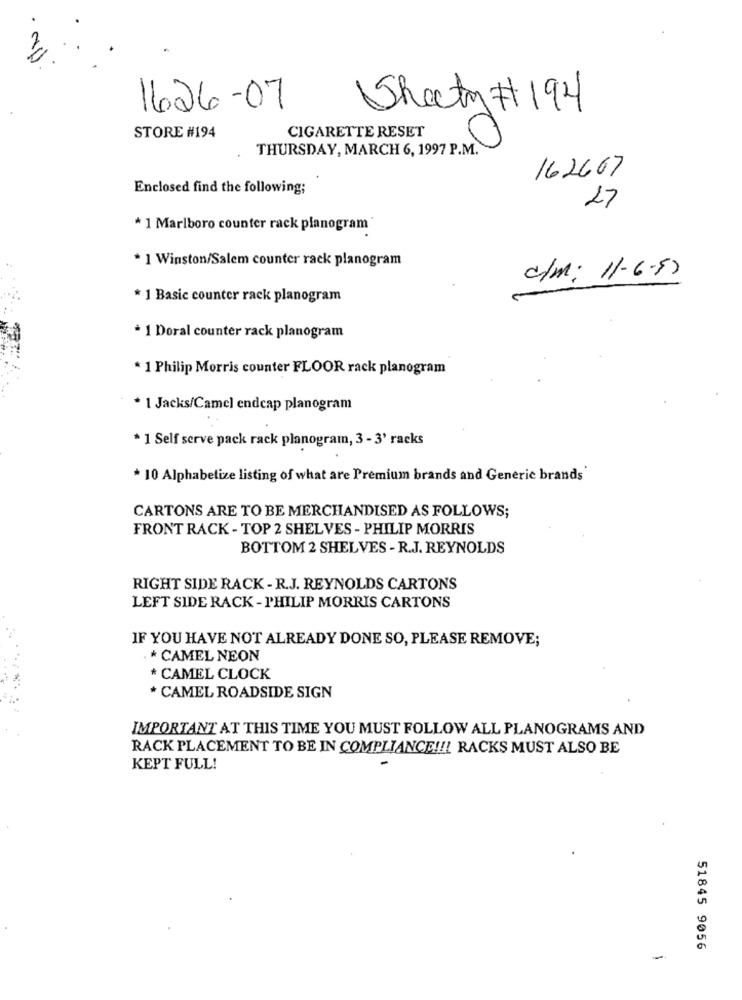
1626 -07
Sheety # 194
CIGARETTE RESET
STORE #194
THURSDAY, MARCH 6, 1997 P.M.
162667
Enclosed find the following;
27
* 1 Marlboro counter rack planogram
* 1 Winston/Salem counter rack planogram
c/m: 11-6-50
* 1 Basic counter rack planogram
* 1 Doral counter rack planogram
* 1 Philip Morris counter FLOOR rack planogram
* 1 Jacks/Camel endcap planogram
* 1 Self serve pack rack planogram, 3 - 3' racks
* 10 Alphabetize listing of what are Premium brands and Generic brands
CARTONS ARE TO BE MERCHANDISED AS FOLLOWS;
FRONT RACK - TOP 2 SHELVES - PHILIP MORRIS
BOTTOM 2 SHELVES - R.J. REYNOLDS
RIGHT SIDE RACK - R.J. REYNOLDS CARTONS
LEFT SIDE RACK - PHILIP MORRIS CARTONS
IF YOU HAVE NOT ALREADY DONE SO, PLEASE REMOVE;
* CAMEL NEON
* CAMEL CLOCK
* CAMEL ROADSIDE SIGN
IMPORTANT AT THIS TIME YOU MUST FOLLOW ALL PLANOGRAMS AND
RACK PLACEMENT TO BE IN COMPLIANCE !!! RACKS MUST ALSO BE
KEPT FULL!
51845 9056
-